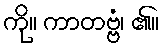
ကို။ ကာတဗ္ဗံ၊ ၏။